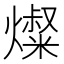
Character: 𰟬